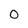
Character: O